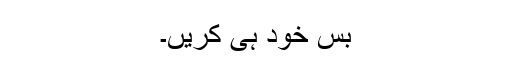
بس خود ہی کریں۔